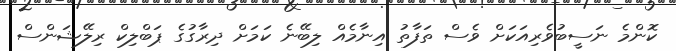
ކޮންމެ ނަސީބުވެރިއަކަށް ވެސް ތަފާތު އިނާމެއް ލިބޭނެ ކަމަށް ދިރާގުގެ ޕަބްލިކް ރިލޭޝަންސް